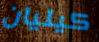
كيليان